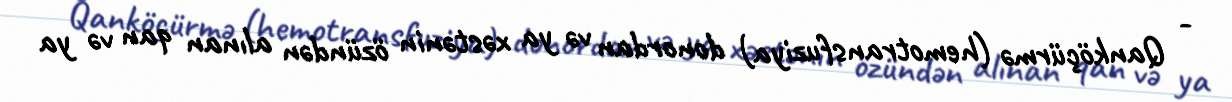
- Qanköçürmə (hemotransfuziya) donordan və ya xəstənin özündən alınan qan və ya